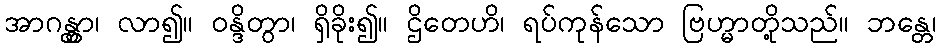
အာဂန္တွာ၊ လာ၍။ ဝန္ဒိတွာ၊ ရှိခိုး၍။ ဌိတေဟိ၊ ရပ်ကုန်သော ဗြဟ္မာတို့သည်။ ဘန္တေ၊